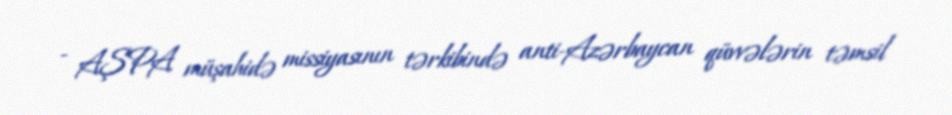
- AŞPA müşahidə missiyasının tərkibində anti-Azərbaycan qüvvələrin təmsil